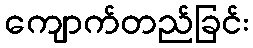
ကျောက်တည်ခြင်း